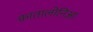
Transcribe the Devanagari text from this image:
कातालोनिआ